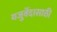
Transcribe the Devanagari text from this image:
यजुर्वेदासाठी